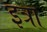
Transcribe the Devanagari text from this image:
इत्रा